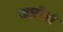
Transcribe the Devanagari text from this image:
जातीओं